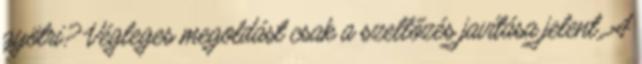
gyötri? Végleges megoldást csak a szellőzés javítása jelent. A